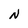
Character: N